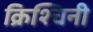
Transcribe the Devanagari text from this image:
क्रिश्चिनी